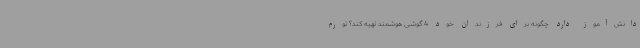
دانش‌آموز دارد چگونه برای فرزندان خود 4 گوشی هوشمند تهیه کند؟ تورم